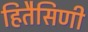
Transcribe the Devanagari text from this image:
हितैसिणी